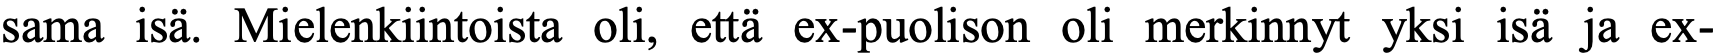
sama isä. Mielenkiintoista oli, että ex-puolison oli merkinnyt yksi isä ja ex-